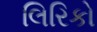
લિરિકો